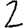
Digit: 2